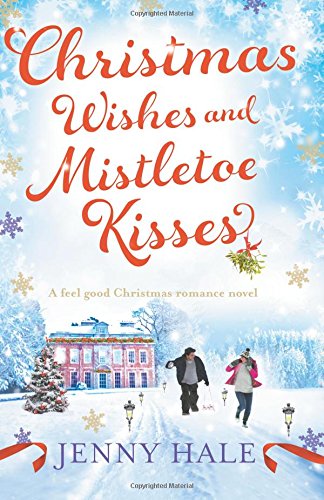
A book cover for Christmas Wishes and Mistletoe Kisses: A feel good Christmas romance novel; Jenny Hale; Romance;